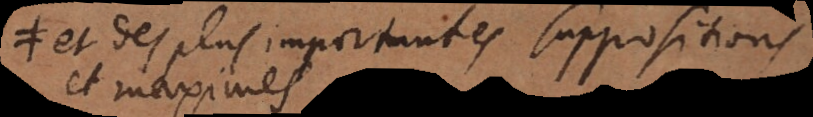
et des plus importantes suppositions